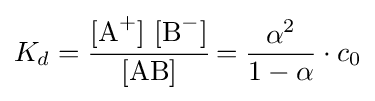
K_{d}={\cfrac {[\mathrm {A} {\vphantom {A}}^{+}]~[\mathrm {B} {\vphantom {A}}^{-}]}{[\mathrm {AB} ]}}={\frac {\alpha ^{2}}{1-\alpha }}\cdot c_{0}